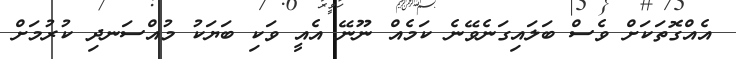
އެއްގޮތަކަށް ވެސް ބަލައިގަނެވޭނެ ކަމެއް ނޫނޭ އެއީ ވަކި ބަޔަކު މުއްސަނދި ކުރުމަށް